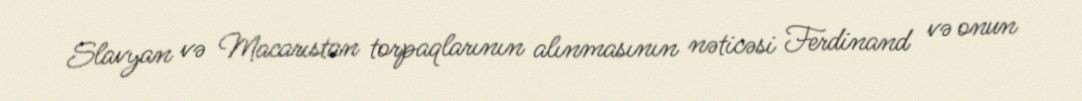
Slavyan və Macarıstan torpaqlarının alınmasının nəticəsi Ferdinand və onun